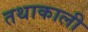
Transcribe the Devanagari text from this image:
तथाकाली